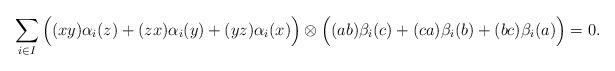
LaTeX: \begin{align*}\sum_{i\in I} \Big((xy)\alpha_i(z) + (zx)\alpha_i(y) + (yz)\alpha_i(x) \Big) \otimes \Big((ab)\beta_i(c) + (ca)\beta_i(b) + (bc)\beta_i(a)\Big) = 0 .\end{align*}